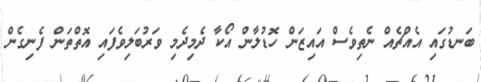
ބަނޑުގައި އެއްޗެއް ނެތިވެސް އައިޒަން ހޮޑުލާން އޯކާ ދެމިދެމި ވަރުބަލިވެފައި އޮތްތަން ފެނިގެން